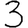
Digit: 3